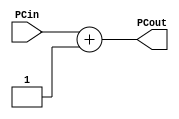
`timescale 1ns / 1ps
//////////////////////////////////////////////////////////////////////////////////
// Company: 
// Engineer: 
// 
// Design Name: 
// Module Name:    PCPlus4 
// Project Name: 
// Target Devices: 
// Tool versions: 
// Description: 
//
// Dependencies: 
//
// Revision: 
// Revision 0.01 - File Created
// Additional Comments: 
//
//////////////////////////////////////////////////////////////////////////////////
module PCPlus1( input [31:0] PCin,
					 output [31:0] PCout );
					 
	assign PCout = PCin + 1;


endmodule